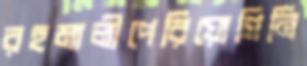
রহমালীপেরিয়োগিনি